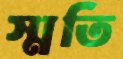
স্মতি